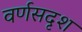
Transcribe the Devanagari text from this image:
वर्णसदृश